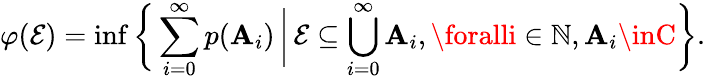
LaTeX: \varphi(\mathcal{E})=\operatorname*{inf}{\biggl\{ }\sum_{i=0}^{\infty}p(\mathbf{A}_{i})\, {\bigg|}\, \mathcal{E}\subseteq\bigcup_{i=0}^{\infty}\mathbf{A}_{i},\foralli\in\mathbb{{N}},\mathbf{A}_{i}\inC{\biggr\} }.